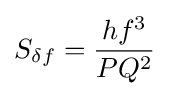
S_{\delta f}={\frac {hf^{3}}{PQ^{2}}}